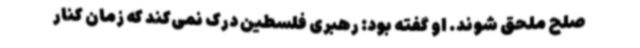
صلح ملحق شوند. او گفته بود: رهبری فلسطین درک نمی‌کند که زمان کنار